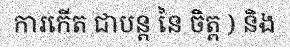
ការកើត ជាបន្ត នៃ ចិត្ត ) និង